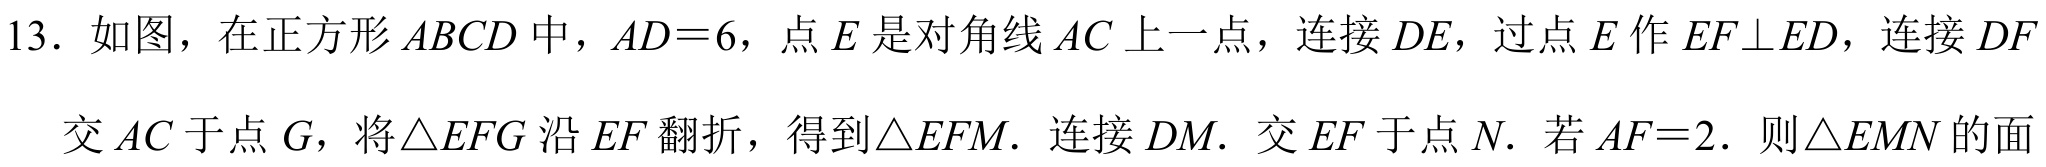
13. 如图，在正方形\(ABCD\)中，\(AD = 6\)，点\(E\)是对角线\(AC\)上一点，连接\(DE\)，过点\(E\)作\(EF\perp ED\)，连接\(DF\)
交\(AC\)于点\(G\)，将\(\triangle EFG\)沿\(EF\)翻折，得到\(\triangle EFM\). 连接\(DM\). 交\(EF\)于点\(N\). 若\(AF = 2\). 则\(\triangle EMN\)的面